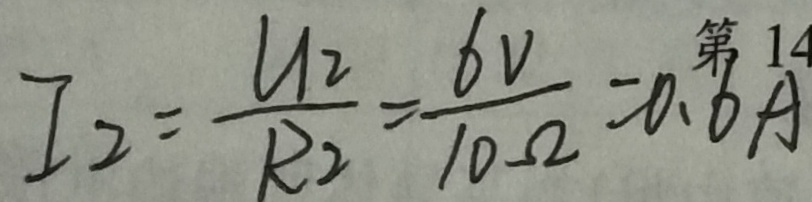
I _ { 2 } = \frac { U _ { 2 } } { R _ { 2 } } = \frac { 6 V } { 1 0 \Omega } = 0 . 6 A